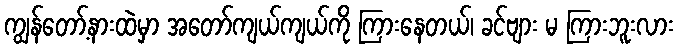
ကျွန်တော့်နားထဲမှာ အတော်ကျယ်ကျယ်ကို ကြားနေတယ်၊ ခင်ဗျား မ ကြားဘူးလား